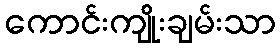
ကောင်းကျိုးချမ်းသာ